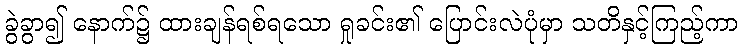
ခွဲခွာ၍ နောက်၌ ထားချန်ရစ်ရသော ရှုခင်း၏ ပြောင်းလဲပုံမှာ သတိနှင့်ကြည့်ကာ